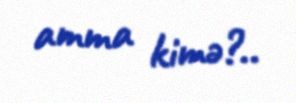
amma kimə?..